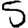
Digit: 5